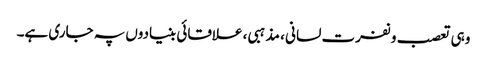
وہی تعصب و نفرت لسانی ، مذہبی ، علاقائی بنیادوں پہ جاری ہے۔